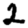
Digit: 2